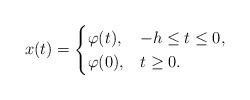
LaTeX: \begin{align*} x(t) = \begin{cases} \varphi(t), &-h \leq t \leq 0,\\ \varphi(0), &t \geq 0. \end{cases}\end{align*}